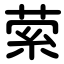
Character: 萦